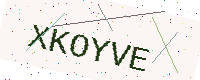
Text: XKOYVE